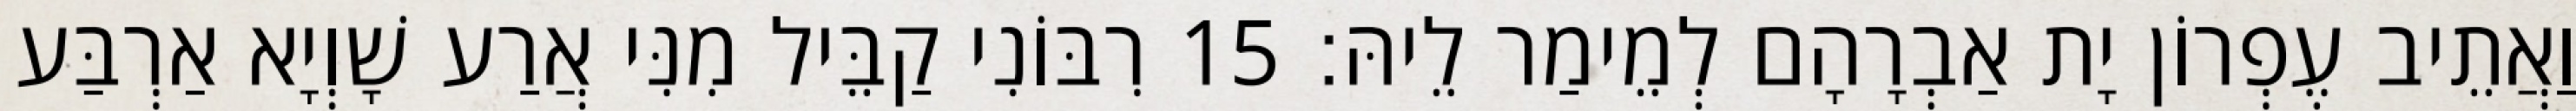
וַאֲתֵיב עֶפְרוֹן יָת אַבְרָהָם לְמֵימַר לֵיהּ׃ 15 רִבּוֹנִי קַבֵּיל מִנִּי אֲרַע שָׁוְיָא אַרְבַּע